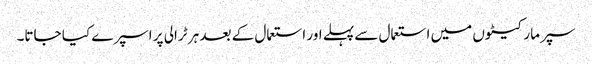
سپر مارکیٹوں میں استعمال سے پہلے اور استعمال کے بعد ہر ٹرالی پر اسپرے کیا جاتا۔